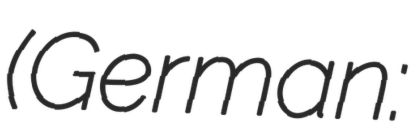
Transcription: (German: